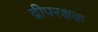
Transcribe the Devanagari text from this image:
द्वीपरक्षक